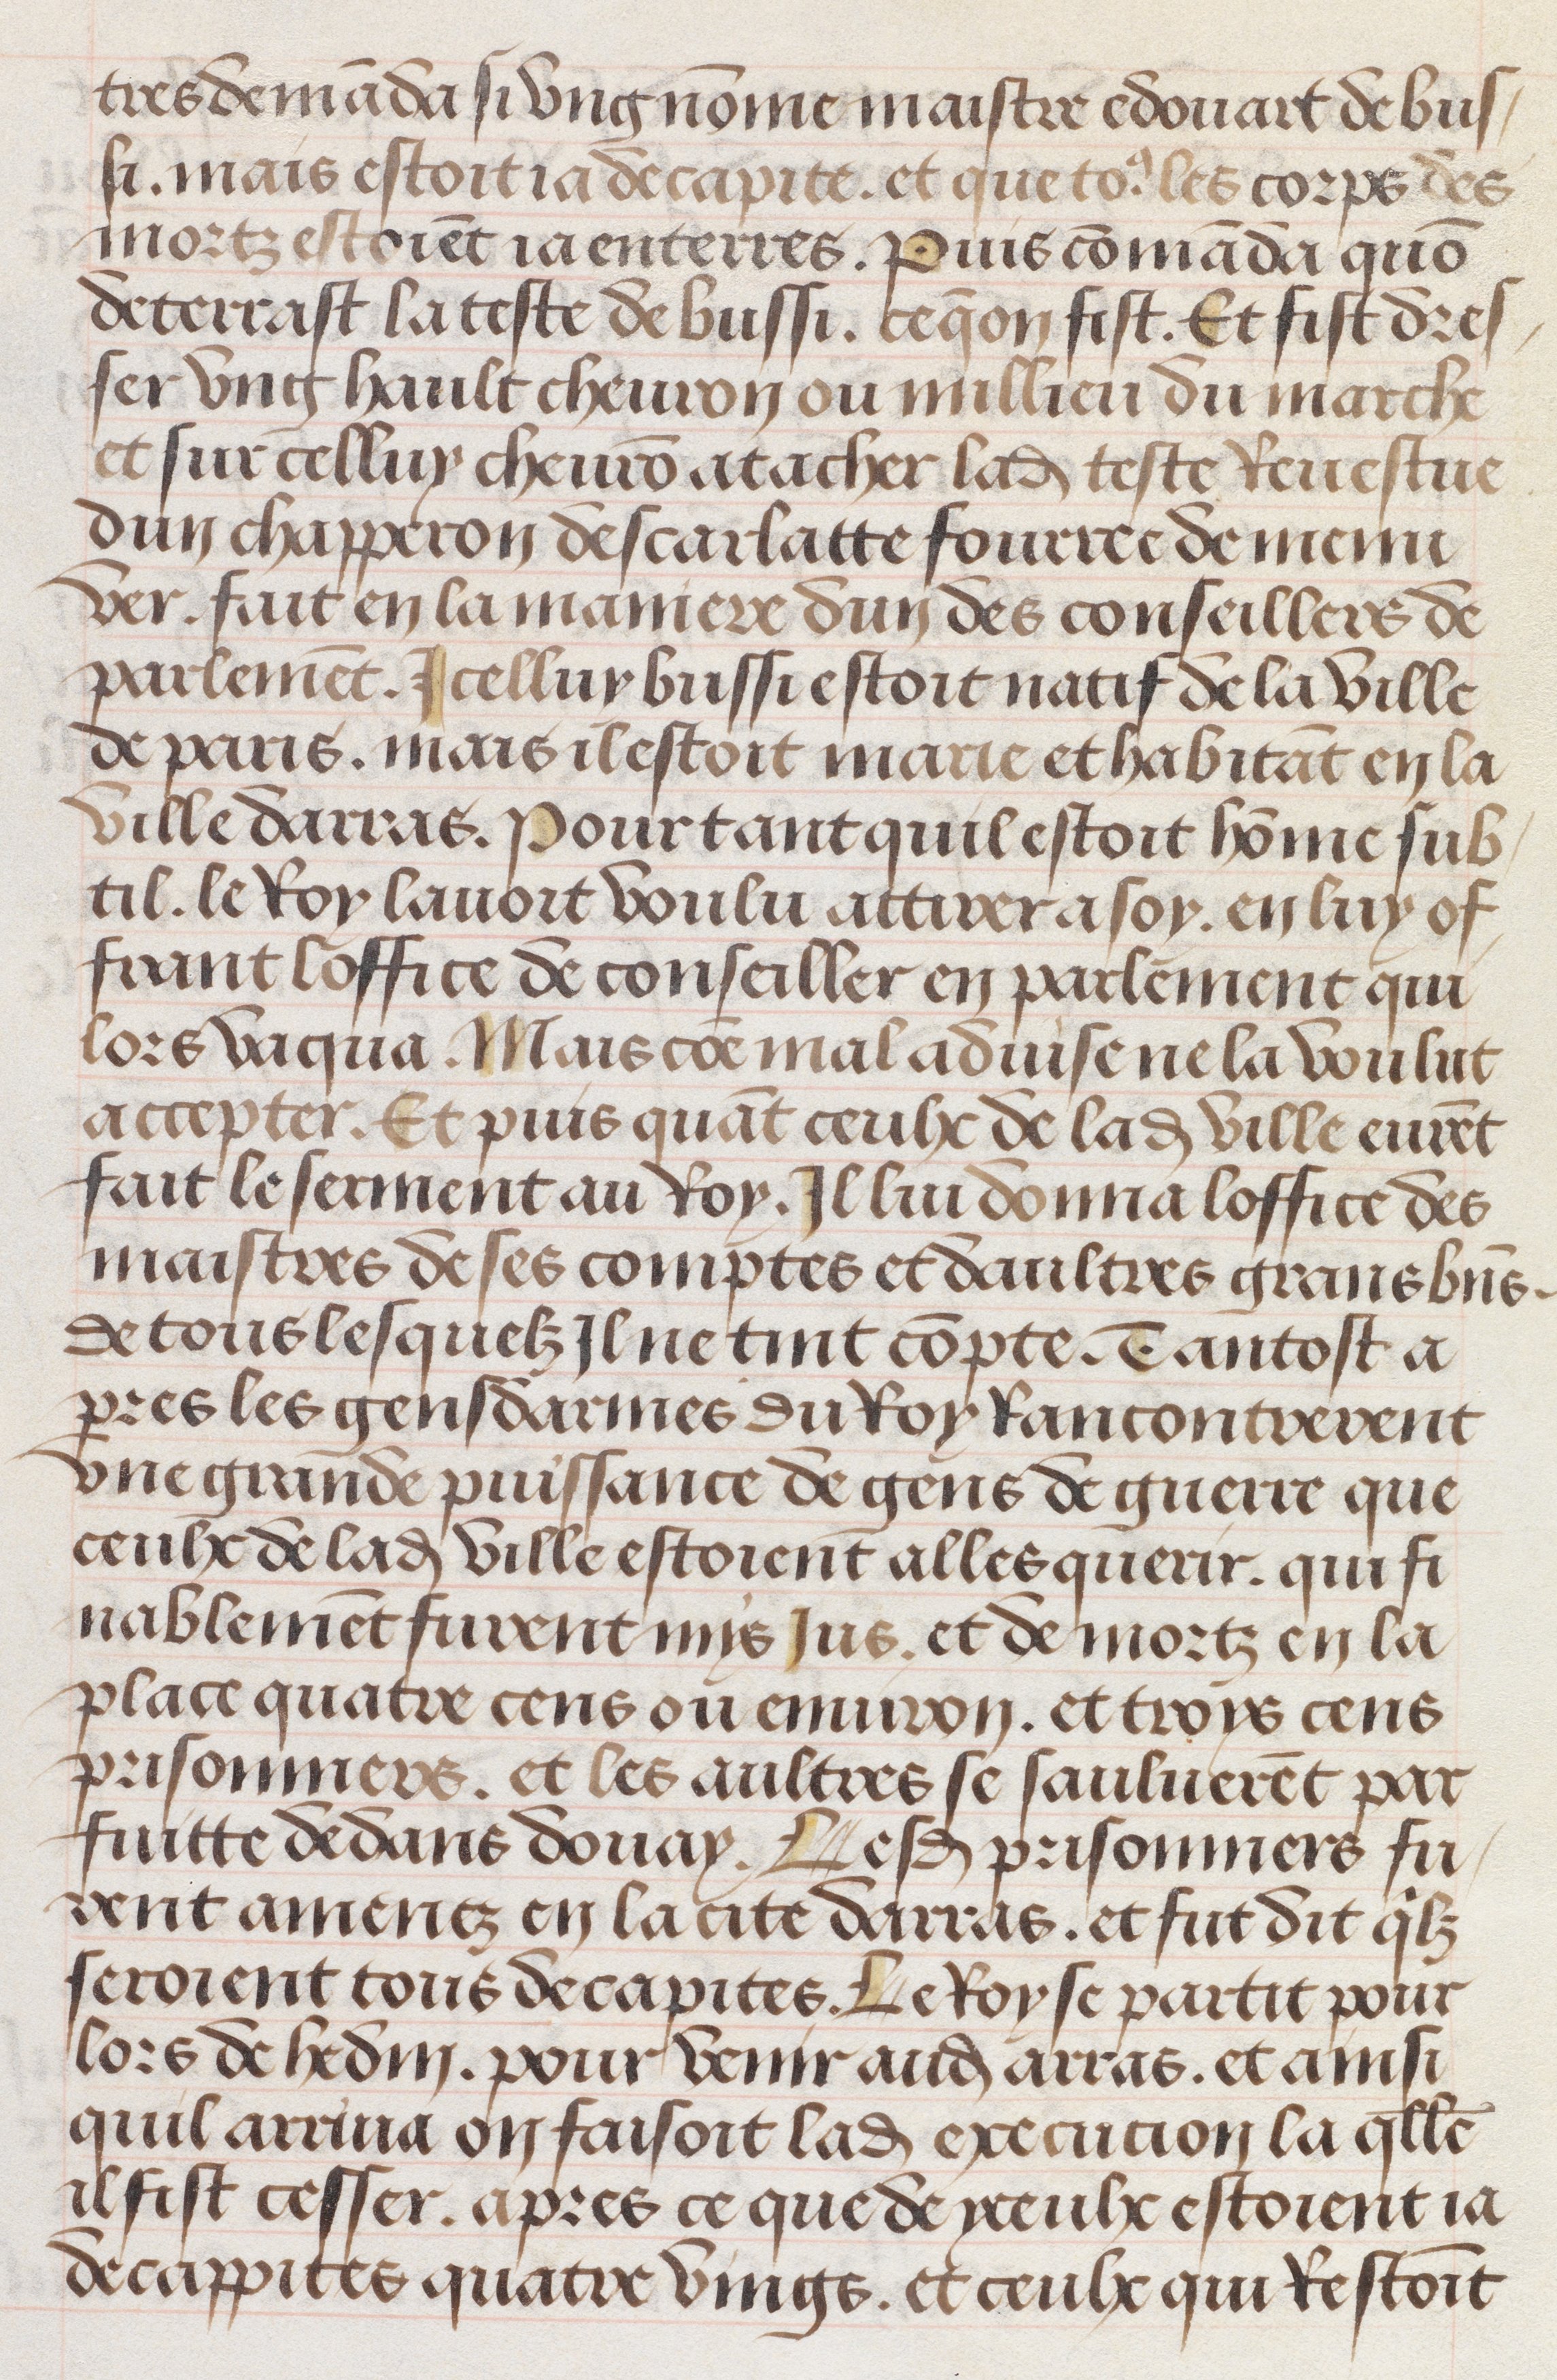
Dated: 1483–1503